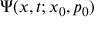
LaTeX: \Psi ( x , t ; x _ { 0 } , p _ { 0 } )